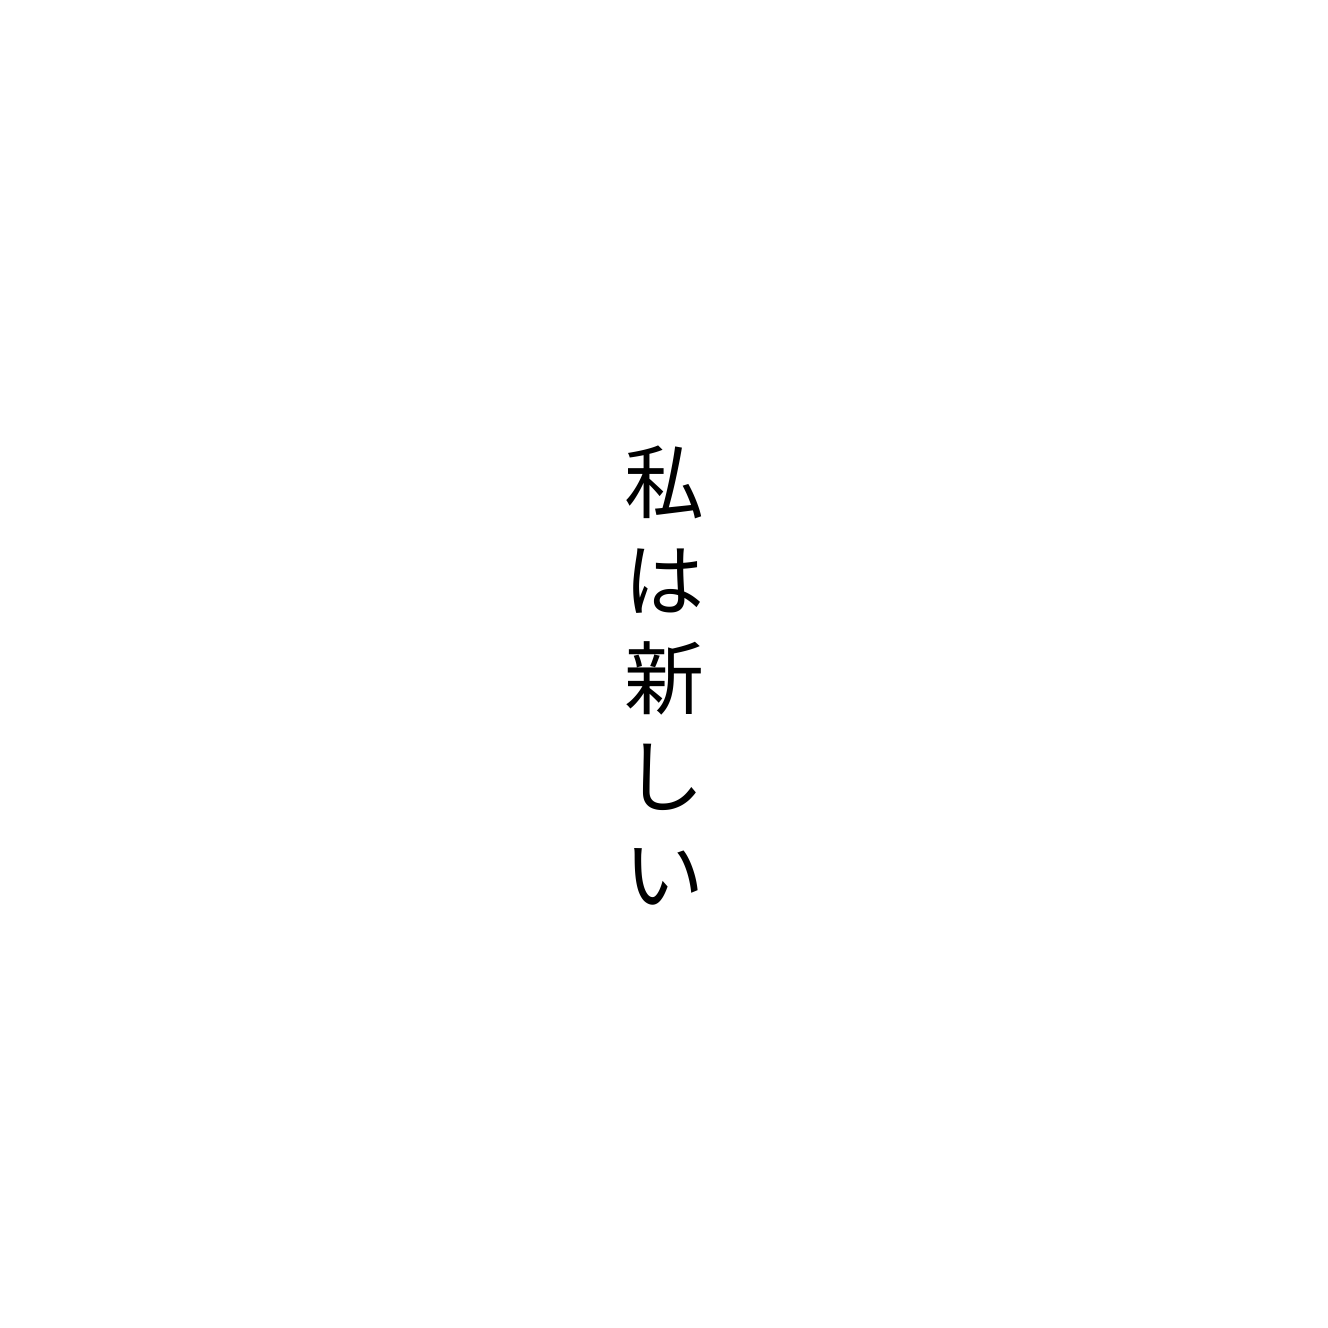
私は新しい